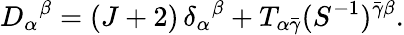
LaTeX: D_{\alpha}{}^{\beta}=(J+2)\, \delta_{\alpha}{}^{\beta}+T_{\alpha\bar{\gamma}}(S^{-1})^{\bar{\gamma}\beta}.